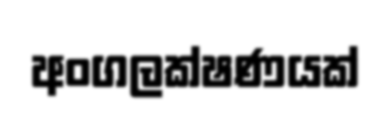
අංගලක්ෂණයක්